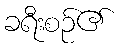
ခရီးစဉ်၏